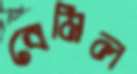
বেমিল